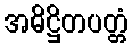
အဓိဋ္ဌိတပတ္တံ